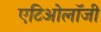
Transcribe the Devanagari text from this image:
एटिओलॉजी